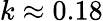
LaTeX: k\approx 0.18